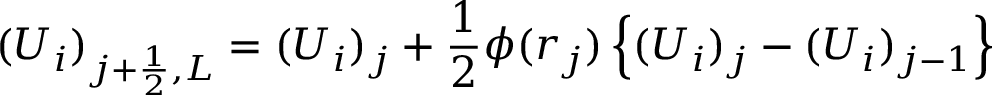
( U _ { i } ) _ { j + \frac { 1 } { 2 } , L } = ( U _ { i } ) _ { j } + \frac { 1 } { 2 } \phi ( r _ { j } ) \left\{ ( U _ { i } ) _ { j } - ( U _ { i } ) _ { j - 1 } \right\}